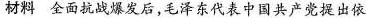
材料 全面抗战爆发后，毛泽东代表中国共产党提出依